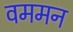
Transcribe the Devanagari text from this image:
वममन